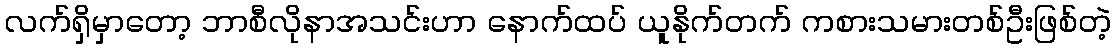
လက်ရှိမှာတော့ ဘာစီလိုနာအသင်းဟာ နောက်ထပ် ယူနိုက်တက် ကစားသမားတစ်ဦးဖြစ်တဲ့